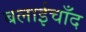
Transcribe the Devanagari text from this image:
बलाईचाँद